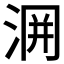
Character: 𭰲